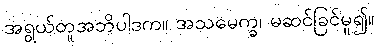
အရွယ်တူအဘိပါဒက။ အသမေက္ခ၊ မဆင်ခြင်မူ၍။